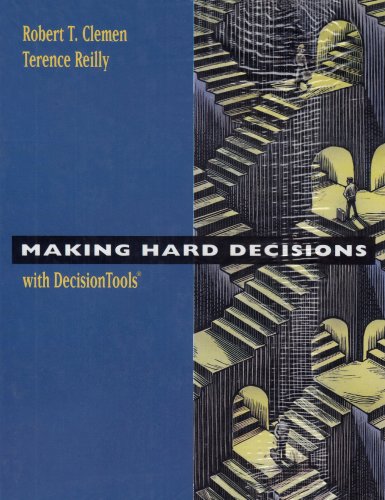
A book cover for Making Hard Decisions with Decision Tools Suite Update Edition; Robert T. Clemen; Business & Money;